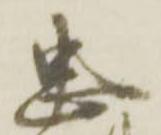
忠